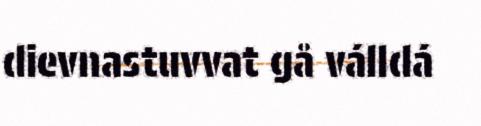
dievnastuvvat gå válldá